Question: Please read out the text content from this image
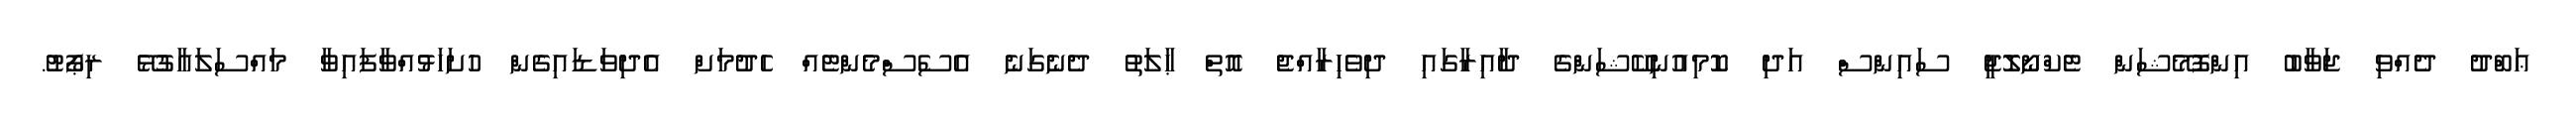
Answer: ޢަބްދު ދެއްވި ޖަވާބު އިންފޮމޭޝަން ޓެކްނޯލޮޖީ ސައިންސް އަދި ކޮމިއުނިކޭޝަންގެ ދާއިރާގައި ދިވެހިރާއްޖެ އޮތް ޙާލަތު ދެނެގަނެ އެސެސްމެންޓެއް ހެދުމަށް އެދިވަޑައިގެން ހުށަހަޅުއްވާފައިވާ މައްސަލައާގުޅޭ ރިޕޯޓު.